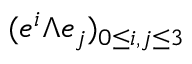
( e ^ { i } \Lambda e _ { j } ) _ { 0 \leq i , j \leq 3 }